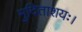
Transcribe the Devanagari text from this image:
मुदिताशयः।